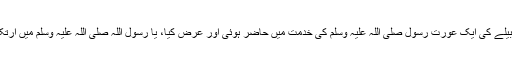
بریدہ رضی اللہ عنہ سے روایت ہے ’’غامدیہ قبیلے کی ایک عورت رسول صلی اللہ علیہ وسلم کی خدمت میں حاضر ہوئی اور عرض کیا، یا رسول اللہ صلی اللہ علیہ وسلم میں ارتکاب زنا سے حاملہ ہوں مجھے پاک کر دیجئے۔